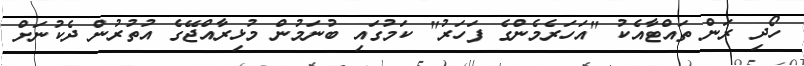
ހޯދި ރަން ތައްޓާއެކު "އަހަރެމެންގެ ފަހަރު" ކަމުގައި ބުނަމުން މުޅިރާއްޖޭގެ އުތުރުން ދެކުނަށް